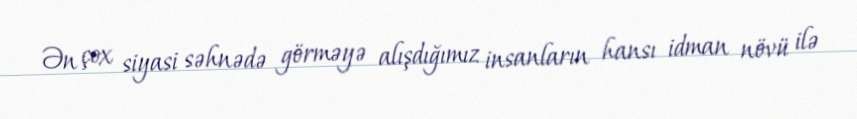
Ən çox siyasi səhnədə görməyə alışdığımız insanların hansı idman növü ilə